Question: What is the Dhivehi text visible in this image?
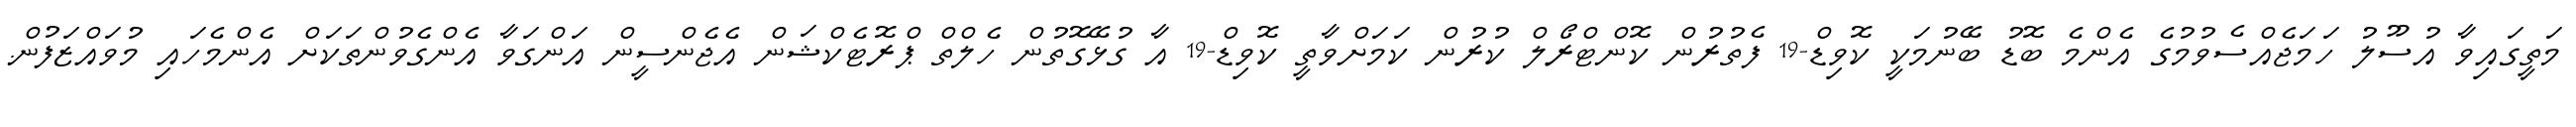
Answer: މަތީގައިވާ އުސޫލު ހަމަޖެއްސެވުމުގެ އެންމެ ބޮޑު ބޭނުމަކީ ކޮވިޑް-19 ފެތުރުން ކޮންޓްރޯލް ކުރުން ކަމަށްވާތީ ކޮވިޑް-19 އާ ގުޅޭގޮތުން ހެލްތް ޕްރޮޓެކްޝަން އެޖެންސީން އަންގަވާ އެންގެވުންތަކަށް އެންމެހައި މުވައްޒަފުން.